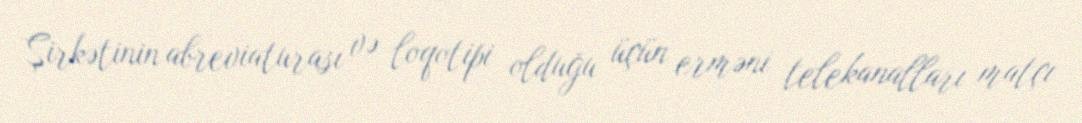
Şirkətinin abreviaturası və loqotipi olduğu üçün erməni telekanalları matçı